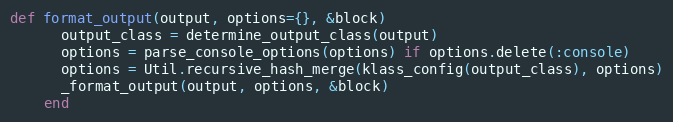
Language: Ruby
def format_output(output, options={}, &block)
      output_class = determine_output_class(output)
      options = parse_console_options(options) if options.delete(:console)
      options = Util.recursive_hash_merge(klass_config(output_class), options)
      _format_output(output, options, &block)
    end